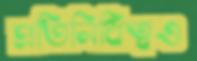
প্রতিনিধিত্বও